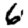
Digit: 6